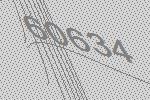
60634